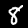
Label: 8